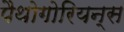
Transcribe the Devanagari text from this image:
पैथोगोरियन्स